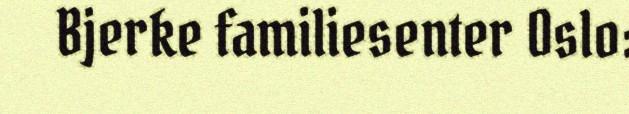
Bjerke familiesenter Oslo: